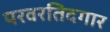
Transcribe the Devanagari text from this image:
परवरतिदगार